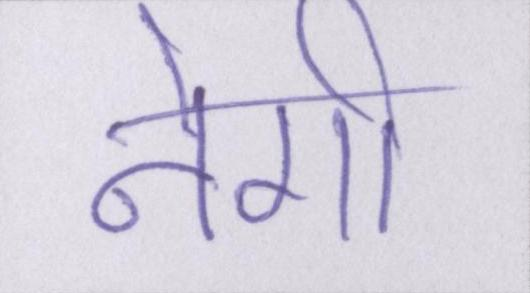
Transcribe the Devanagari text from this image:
नेगी